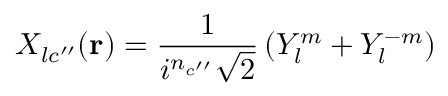
X _ { l c ^ { \prime \prime } } ( \mathbf { r } ) = { \frac { 1 } { i ^ { n _ { c ^ { \prime \prime } } } { \sqrt { 2 } } } } \left( Y _ { l } ^ { m } + Y _ { l } ^ { - m } \right)